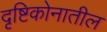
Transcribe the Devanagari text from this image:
दृष्टिकोनातील